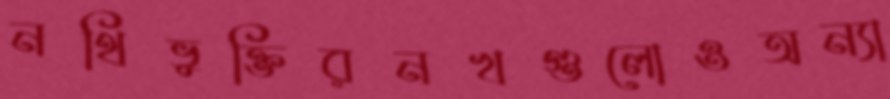
নথিভুক্তিরনখগুলোওঅন্যা